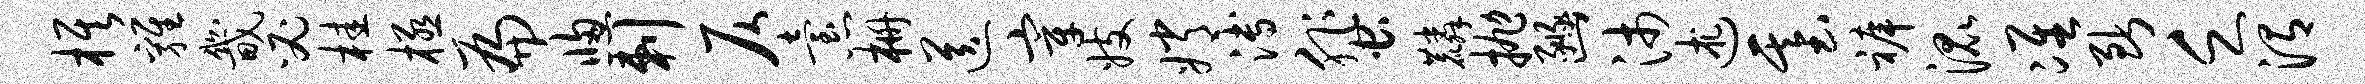
旗鸡畿必桂极扁窗剌仄怠栅送宰妓嫦溥蜚麟抛豳沛述基裤混准断乏渭